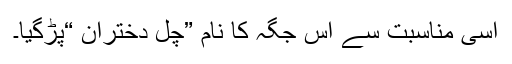
اسی مناسبت سے اس جگہ کا نام ”چل دختران “پڑگیا۔